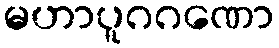
မဟာပူဂဂဏော